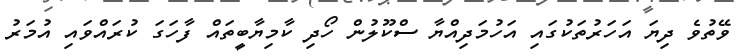
ވޭތުވެ ދިޔަ އަހަރުތަކުގައި އަހުމަދިއްޔާ ސްކޫލުން ހޯދި ކާމިޔާބީތައް ފާހަގަ ކުރައްވައި އުމަރު